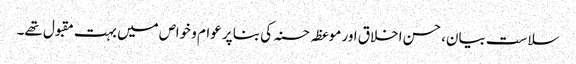
سلاست بیان، حسن اخلاق اور موعظہ حسنہ کی بنا پر عوام و خواص میں بہت مقبول تھے۔